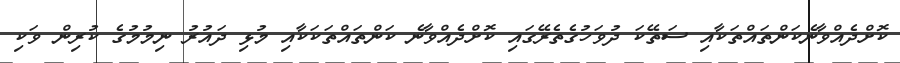
ކޮށްދެއްވާނެކަންތައްތަކާއި ސަތޭކަ ދުވަހުގެތެރޭގައި ކޮށްދެއްވާނެ ކަންތައްތަކަކާއި މުޅި ދައުރު ނިމުމުގެ ކުރިން ވަކި